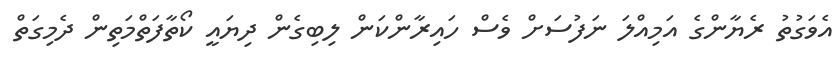
އެވަގުތު ރެޔާންގެ އަމިއްލަ ނަފުސަށް ވެސް ހައިރާންކަން ލިބިގެން ދިޔައީ ކޯތާފަތްމަތިން ދެމިގަތް